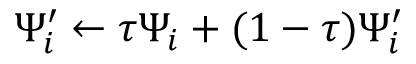
\Psi _ { i } ^ { \prime } \leftarrow \tau \Psi _ { i } + ( 1 - \tau ) \Psi _ { i } ^ { \prime }